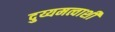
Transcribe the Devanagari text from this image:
दुय्यमत्वाशी